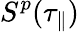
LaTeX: S^{p}(\tau_{\parallel})